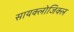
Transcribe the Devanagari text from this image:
सायक्लोजिक्ल